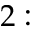
2 :